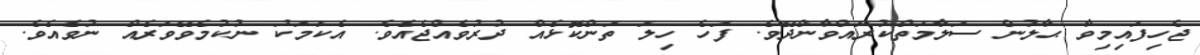
ޖެހިފައިމިވާ ޙާލުން ސަލާމަތްކުރައްވާންދޭވެ. ފަހެ ހިލަ ތަންކޮޅެއް ދުރުވެއްޖެއެވެ. އެކަމަކު ނުކުމެވޭވަރެއް ނުވެއެވެ.